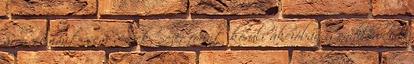
áron semmit sem veszek, 5ezer forint körüli akcióban gondolkodom